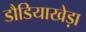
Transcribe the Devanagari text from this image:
डौडियाखेड़ा